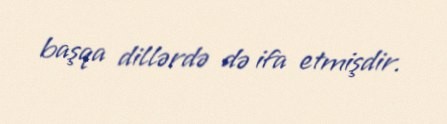
başqa dillərdə də ifa etmişdir.